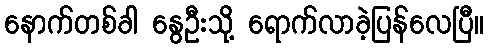
နောက်တစ်ခါ နွေဦးသို့ ရောက်လာခဲ့ပြန်လေပြီ။